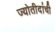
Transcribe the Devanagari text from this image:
ज्योतीदांची